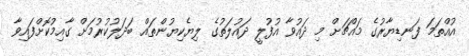
އުއްތަމަ ފަނޑިޔާރުގެ މައްޗަށް މި ދައުވާ އުފުލީ ދައުލަތުގެ ލިޔެކިޔުންތައް ބަދަލުކުރުމަށް ގާއިމުކޮށްފައިވާ